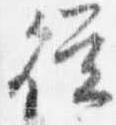
従